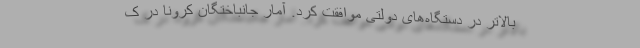
بالاتر در دستگاه‌های دولتی موافقت کرد. آمار جانباختگان کرونا در ک